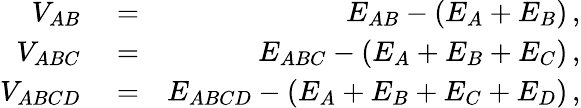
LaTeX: \begin{array}{rlr}{V_{AB}}&{{}=}&{E_{AB}-(E_{A}+E_{B})\, ,}\\ {V_{ABC}}&{{}=}&{E_{ABC}-(E_{A}+E_{B}+E_{C})\, ,}\\ {V_{ABCD}}&{{}=}&{E_{ABCD}-(E_{A}+E_{B}+E_{C}+E_{D})\, ,}\end{array}